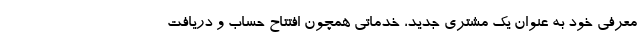
معرفی خود به عنوان یک مشتری جدید، خدماتی همچون افتتاح حساب و دریافت